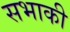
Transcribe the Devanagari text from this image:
सभाकी